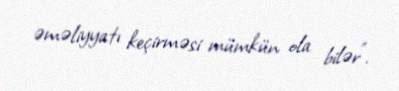
əməliyyatı keçirməsi mümkün ola bilər”.